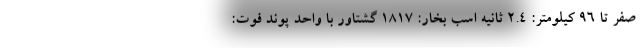
صفر تا 96 کیلومتر: 2.4 ثانیه اسب بخار: 1817 گشتاور با واحد پوند فوت: